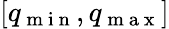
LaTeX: [q_{\mathrm{~m~i~n~}},q_{\mathrm{~m~a~x~}}]